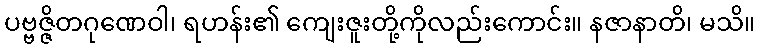
ပဗ္ဗဇ္ဇိတဂုဏေဝါ၊ ရဟန်း၏ ကျေးဇူးတို့ကိုလည်းကောင်း။ နဇာနာတိ၊ မသိ။